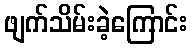
ဖျက်သိမ်းခဲ့ကြောင်း